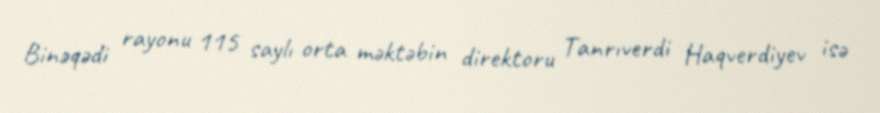
Binəqədi rayonu 115 saylı orta məktəbin direktoru Tanrıverdi Haqverdiyev isə